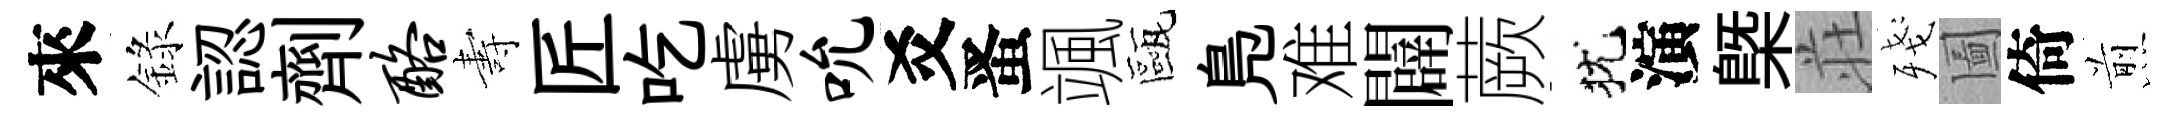
來錄認劑酪夀匠吃虜吮爻󱉠颯甌鳬难闢蕨犹演㮣荘殘圗倚煎